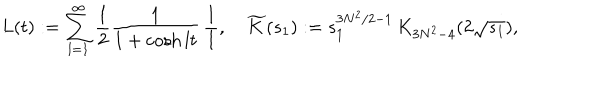
L ( t ) : = \sum _ { l = 1 } ^ { \infty } \frac { 1 } { 2 } \frac { 1 } { 1 + \cosh l t } \, \frac { 1 } { l } , \quad \widetilde { K } ( s _ { 1 } ) : = s _ { 1 } ^ { 3 N ^ { 2 } / 2 - 1 } \, K _ { 3 N ^ { 2 } - 4 } ( 2 \sqrt { s _ { 1 } } ) ,